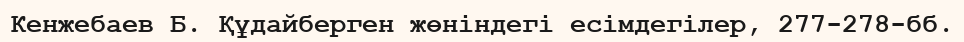
Кенжебаев Б. Құдайберген жөніндегі есімдегілер, 277-278-бб.